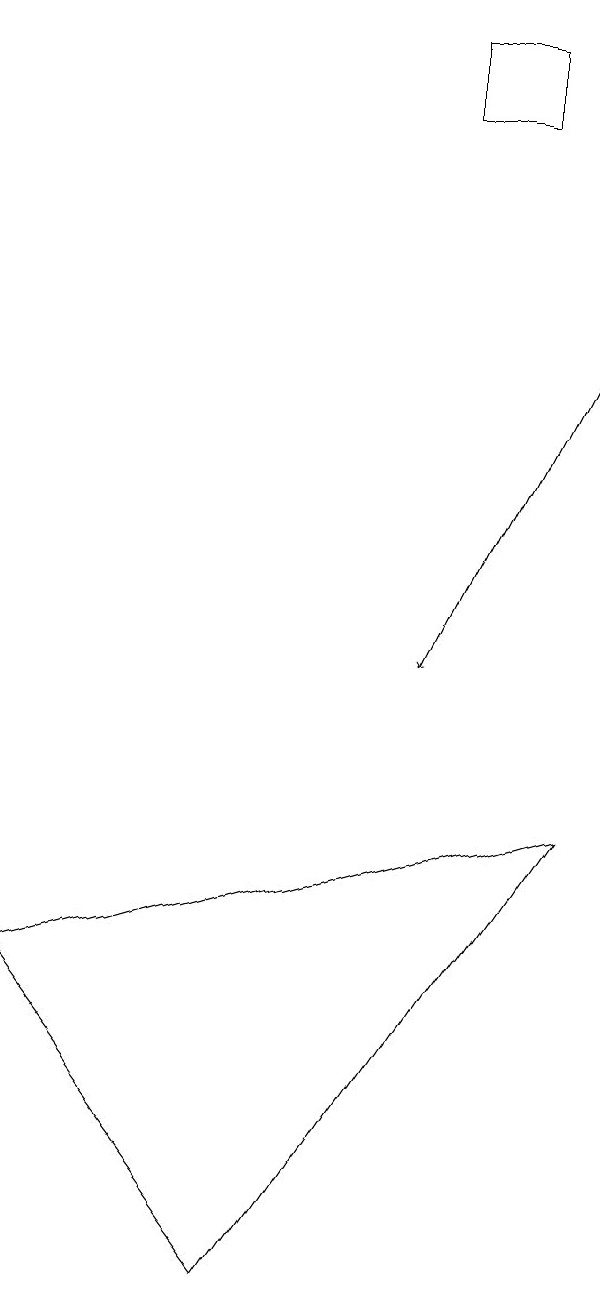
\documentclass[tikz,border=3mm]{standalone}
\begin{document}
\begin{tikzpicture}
\draw (0,7) -- (3,3) -- (7,9) -- cycle;
\draw[->] (7,15) -- (5,11);
\draw (6,19) rectangle (5,18);
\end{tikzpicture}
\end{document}